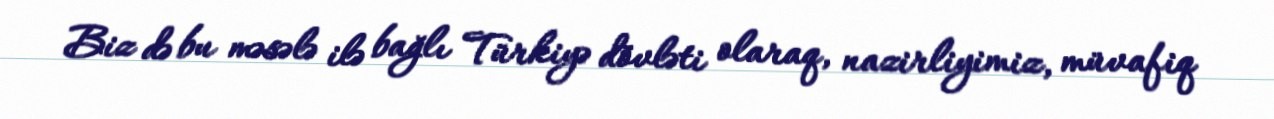
Biz də bu məsələ ilə bağlı Türkiyə dövləti olaraq, nazirliyimiz, müvafiq